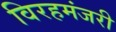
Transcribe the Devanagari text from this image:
विरहमंजरी